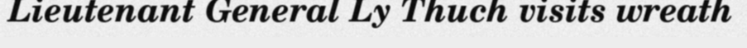
Lieutenant General Ly Thuch visits wreath